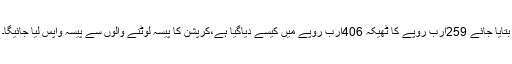
بتایا جائے 259ارب روپے کا ٹھیکہ 406ارب روپے میں کیسے دیاگیا ہے،کرپشن کا پیسہ لوٹنے والوں سے پیسہ واپس لیا جائیگا۔